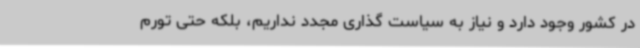
در کشور وجود دارد و نیاز به سیاست گذاری مجدد نداریم، بلکه حتی تورم